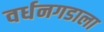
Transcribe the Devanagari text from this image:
वर्धनगडाला